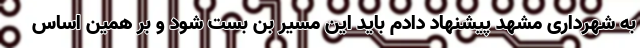
به شهرداری مشهد پیشنهاد دادم باید این مسیر بن بست شود و بر همین اساس